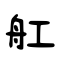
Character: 舡